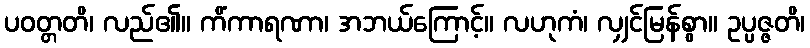
ပဝတ္တတိ၊ လည်၏။ ကိံကာရဏာ၊ အဘယ်ကြောင့်။ လဟုကံ၊ လျှင်မြန်စွာ။ ဥပ္ပဇ္ဇတိ၊